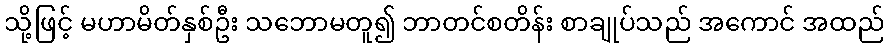
သို့ဖြင့် မဟာမိတ်နှစ်ဦး သဘောမတူ၍ ဘာတင်စတိန်း စာချုပ်သည် အကောင် အထည်